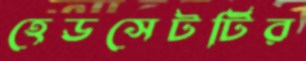
হেডসেটটির